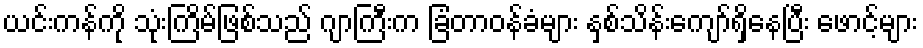
ယင်းကန်ကို သုံးကြိမ်ဖြစ်သည် ဂျာကြီးက ခြံတာဝန်ခံများ နှစ်သိန်းကျော်ရှိနေပြီး ဖောင့်များ